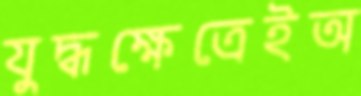
যুদ্ধক্ষেত্রেইঅ